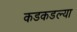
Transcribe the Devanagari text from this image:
कडकडल्या